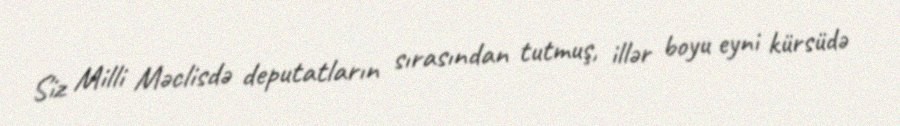
Siz Milli Məclisdə deputatların sırasından tutmuş, illər boyu eyni kürsüdə